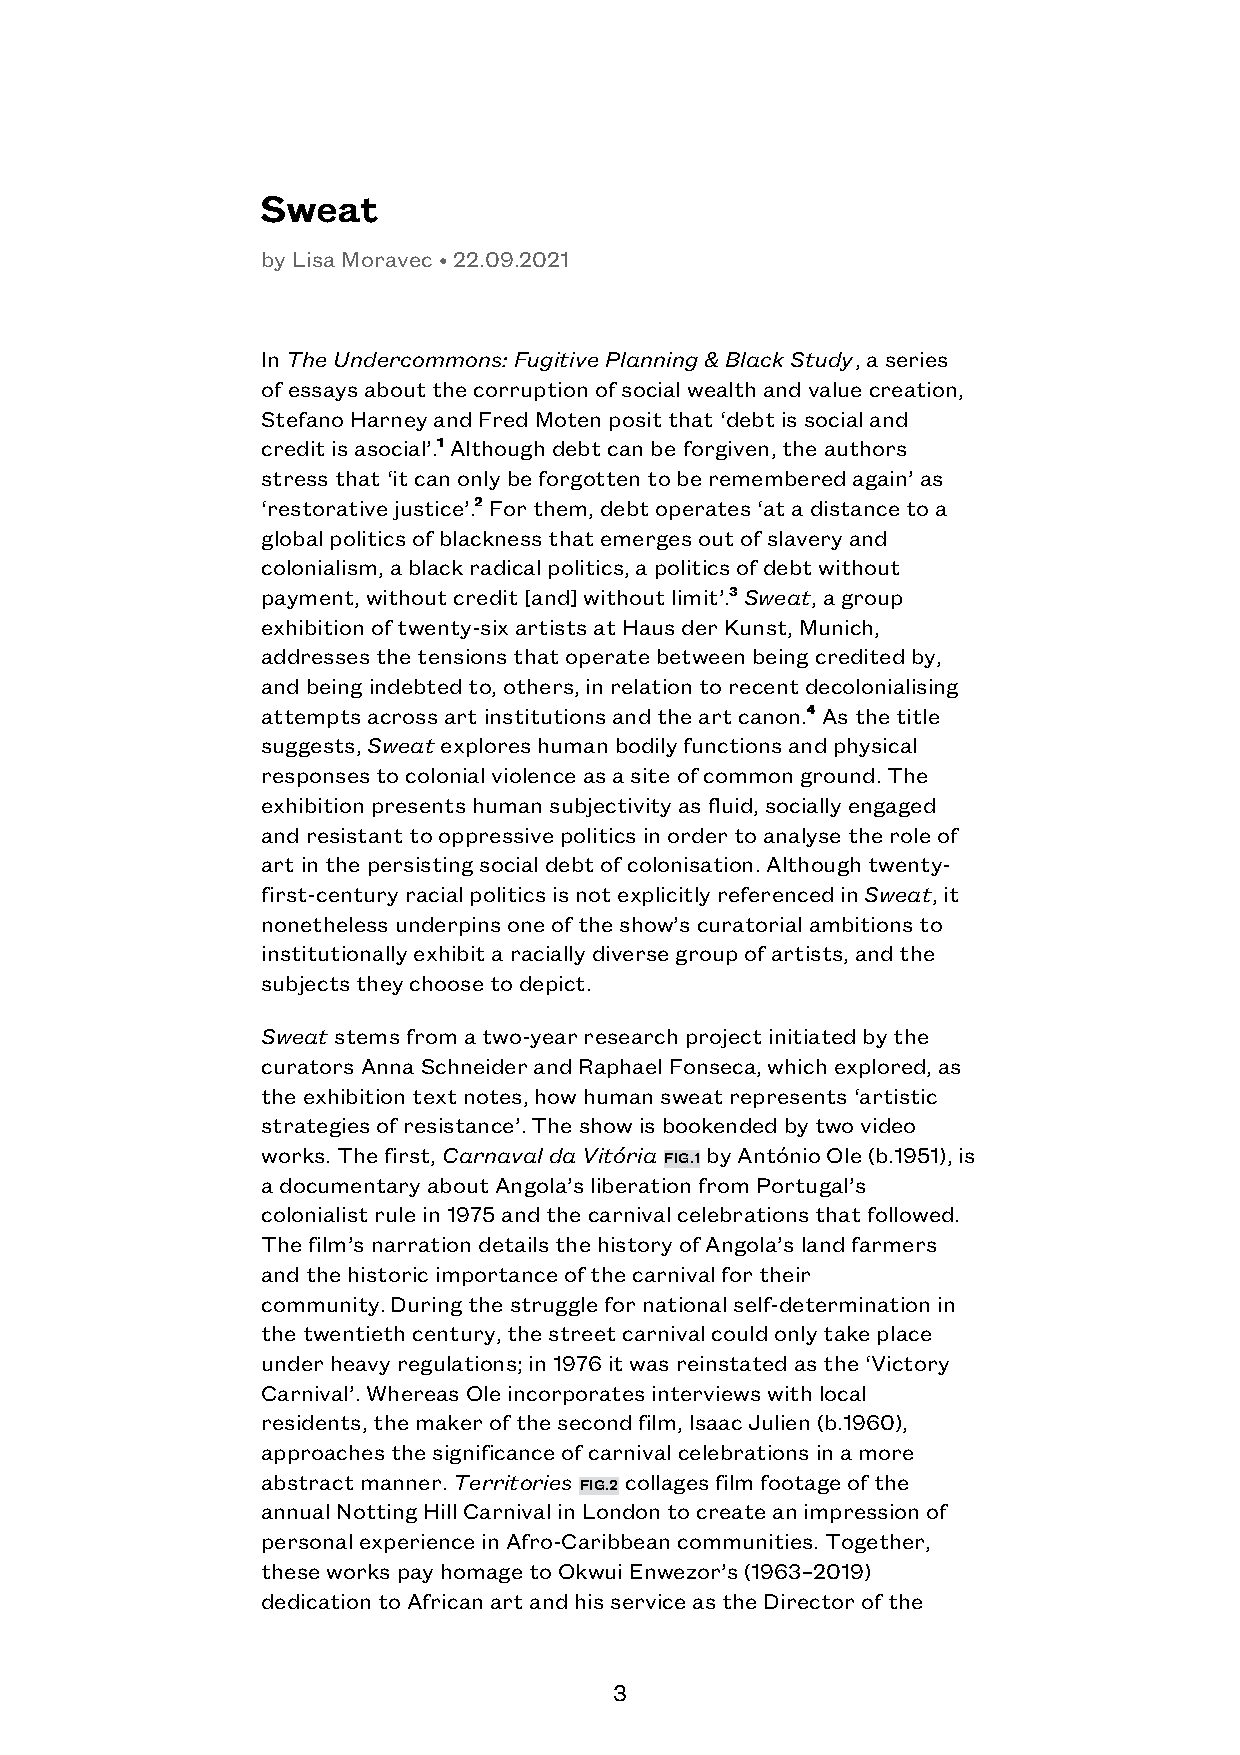
SSwweeaatt
 by Lisa Moravec • 22.09.2021
 In The Undercommons: Fugitive Planning & Black Study, a series
 of essays about the corruption of social wealth and value creation,
 Stefano Harney and Fred Moten posit that ‘debt is social and
 credit is asocial’.11 Although debt can be forgiven, the authors
 stress that ‘it can only be forgotten to be remembered again’ as
 ‘restorative justice’.22 For them, debt operates ‘at a distance to a
 global politics of blackness that emerges out of slavery and
 colonialism, a black radical politics, a politics of debt without
 payment, without credit [and] without limit’.33 Sweat, a group
 exhibition of twenty-six artists at Haus der Kunst, Munich,
 addresses the tensions that operate between being credited by,
 and being indebted to, others, in relation to recent decolonialising
 attempts across art institutions and the art canon.44 As the title
 suggests, Sweat explores human bodily functions and physical
 responses to colonial violence as a site of common ground. The
 exhibition presents human subjectivity as fluid, socially engaged
 and resistant to oppressive politics in order to analyse the role of
 art in the persisting social debt of colonisation. Although twenty-
 first-century racial politics is not explicitly referenced in Sweat, it
 nonetheless underpins one of the show’s curatorial ambitions to
 institutionally exhibit a racially diverse group of artists, and the
 subjects they choose to depict.
 Sweat stems from a two-year research project initiated by the
 curators Anna Schneider and Raphael Fonseca, which explored, as
 the exhibition text notes, how human sweat represents ‘artistic
 strategies of resistance’. The show is bookended by two video
 works. The first, Carnaval da Vitória FIG.1 by António Ole (b.1951), is
 a documentary about Angola’s liberation from Portugal’s
 colonialist rule in 1975 and the carnival celebrations that followed.
 The film’s narration details the history of Angola’s land farmers
 and the historic importance of the carnival for their
 community. During the struggle for national self-determination in
 the twentieth century, the street carnival could only take place
 under heavy regulations; in 1976 it was reinstated as the ‘Victory
 Carnival’. Whereas Ole incorporates interviews with local
 residents, the maker of the second film, Isaac Julien (b.1960),
 approaches the significance of carnival celebrations in a more
 abstract manner. Territories FIG.2 collages film footage of the
 annual Notting Hill Carnival in London to create an impression of
 personal experience in Afro-Caribbean communities. Together,
 these works pay homage to Okwui Enwezor’s (1963–2019)
 dedication to African art and his service as the Director of the
 3